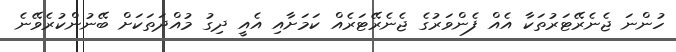
ހުންނަ ޖެނެރޭޓަރުތަކާ އެއް ފެންވަރުގެ ޖެނެރޭޓަރެއް ކަމަށާއި އެއީ ދިގު މުއްދަތަކަށް ބޭނުންކުރެވޭނެ